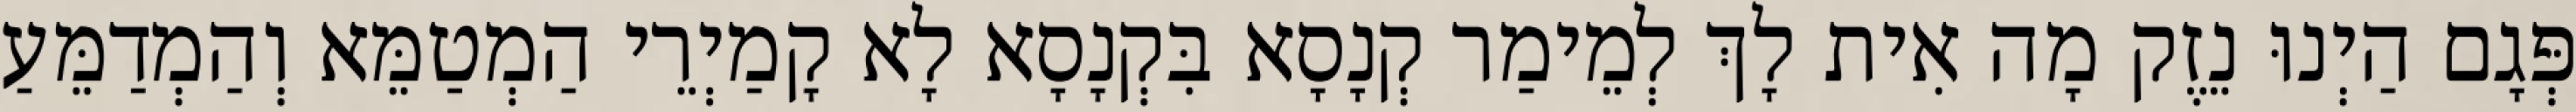
פְּגָם הַיְנוּ נֵזֶק מָה אִית לָךְ לְמֵימַר קְנָסָא בִּקְנָסָא לָא קָמַיְרֵי הַמְטַמֵּא וְהַמְדַמֵּעַ